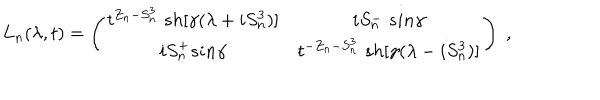
L _ { n } ( \lambda , t ) = \left( \begin{array} { c c } { { t ^ { Z _ { n } - S _ { n } ^ { 3 } } \; s h [ \gamma ( \lambda + i S _ { n } ^ { 3 } ) ] } } & { { i S _ { n } ^ { - } \; s i n \gamma } } \\ { { i S _ { n } ^ { + } s i n \gamma } } & { { t ^ { - Z _ { n } - S _ { n } ^ { 3 } } \; s h [ \gamma ( \lambda - i S _ { n } ^ { 3 } ) ] } } \\ \end{array} \right) \; ,